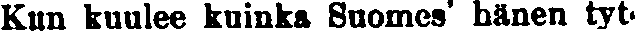
Kun kuulee kuinka Suomes' hänen tyt-